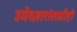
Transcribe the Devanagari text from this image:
उमेदवारांसाठीही